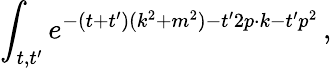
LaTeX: \int_{t,t^{\prime}}e^{-(t+t^{\prime})(k^{2}+m^{2})-t^{\prime}2p\cdot k-t^{\prime}p^{2}}\, ,